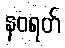
နဝရတ်